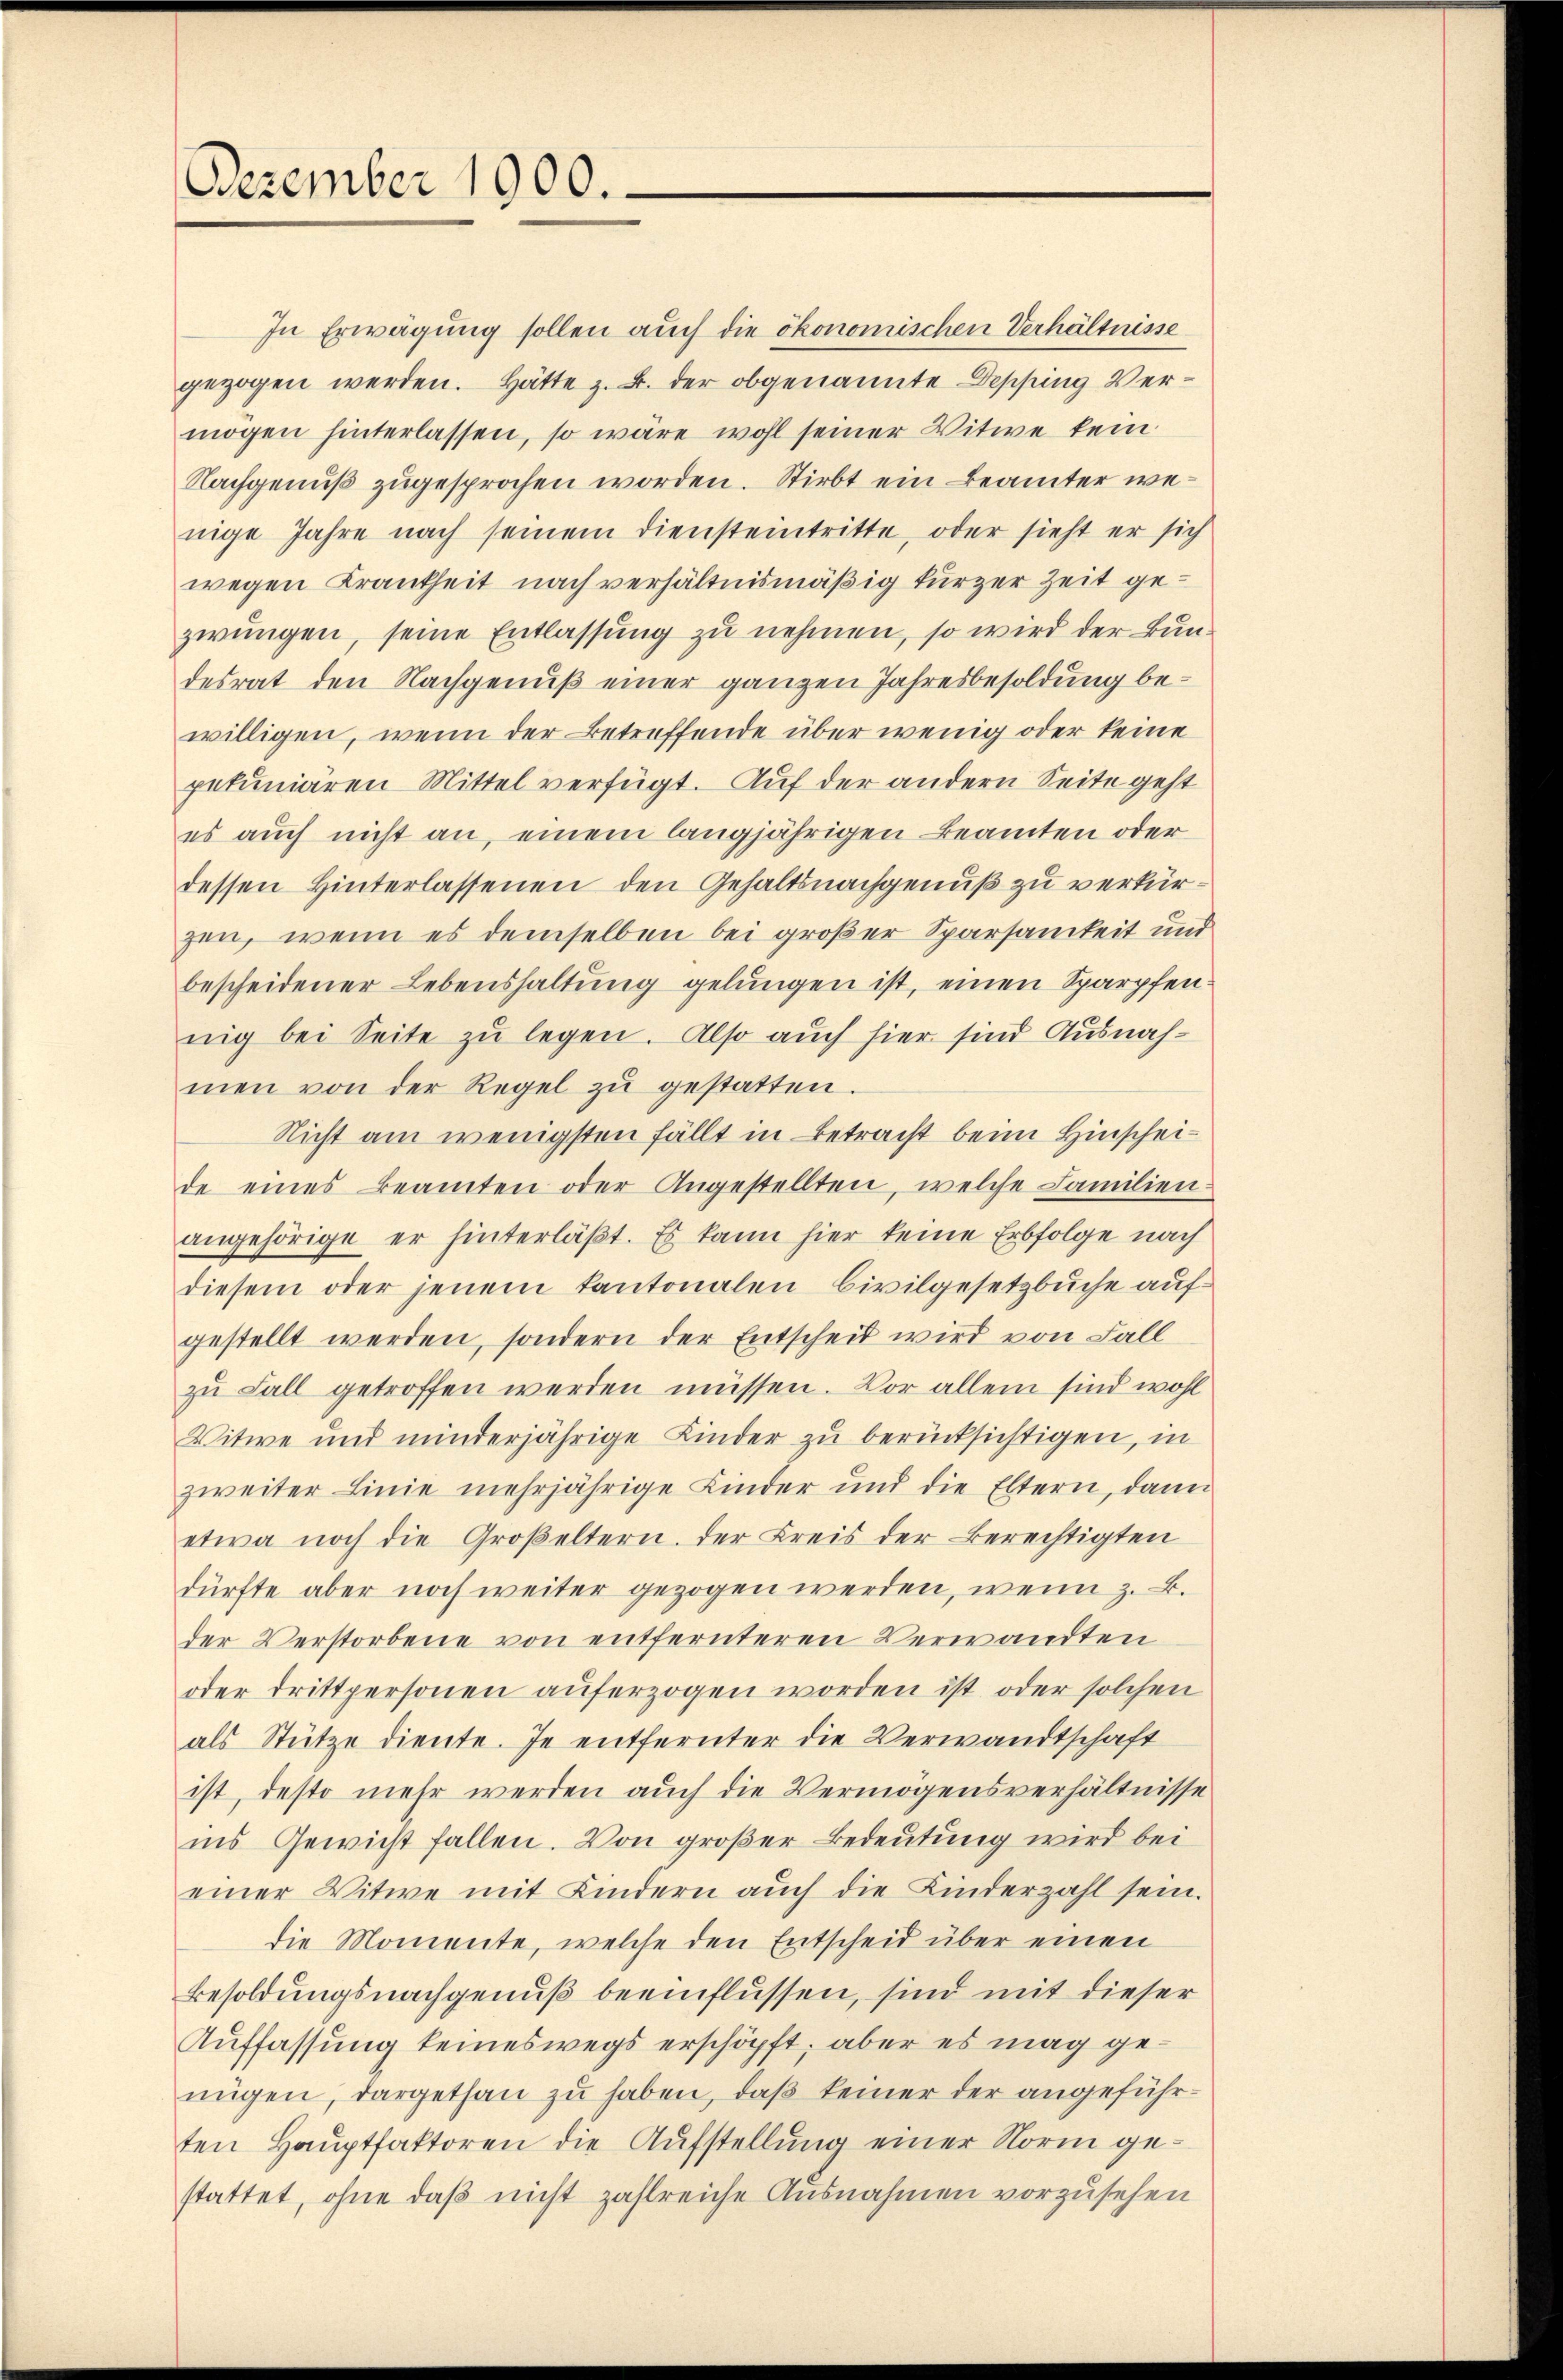
Dezember 1900.

In Erwägung sollen auch die ökonomischen Verhältnisse
gezogen werden. Hätte z. B. der obgenannte Depping Vermögen hinterlassen, so wäre wohl seiner Witwe kein
Nachgenuß zugesprochen worden. Stirbt ein Beamter wenige Jahre nach seinem Diensteintritte, oder sieht er sich
wegen Krankheit nach verhältnismäßig kurzer Zeit gezwungen, seine Entlassung zu nehmen, so wird der Bundesrat den Nachgenuß einer ganzen Jahresbesoldung bewilligen, wenn der Betreffende über wenig oder keine
pekuniären Mittel verfügt. Auf der andern Seite geht
es auch nicht an, einem langjährigen Beamten oder
dessen Hinterlassenen den Gehaltsnachgenuß zu verkürzen, wenn es demselben bei großer Sparsamkeit und
bescheidener Lebenshaltŭng gelŭngen ist, einen Sparpfen
nig bei Seite zu legen. Also auch hier sind Ausnahmen von der Regel zŭ gestatten.
Nicht am wenigsten fällt in Betracht beim Hinscheide eines Beamten oder Angestellten, welche Familien-
angehörige er hinterläβt. Es kann hier keine Erbfolge nach
diesem oder jenem Kantonalen Civilgesetzbuche auf-
gestellt werden, sondern der Entscheit wird von Fall
zu Fall getroffen werden müssen. Vor allem sind wohl
Witwe und minderjährige Kinder zu berücksichtigen, in
zweiter Linie mehrjährige Kinder und die Eltern, dann
etwa noch die Großeltern. Der Kreis der Berechtigten
dürfte aber noch weiter gezogen werden, wenn z. B.
der Verstorbene von entfernteren Verwandten
oder drittpersonen auferzogen worden ist, oder solchen
als Stütze diente. Je entfernter die Verwandtschaft
ist, desto mehr werden auch die Vermögensverhältnisse
ins Gewicht fallen. Von großer Bedeutung wird bei
einer Witwe mit Kindern aŭch die Kinderzahl sein.
die Momente, welche den Entscheid über einen
Besoldungsnachgenuß beeinflüssen, sind mit dieser
Auffassung keineswegs erschöpft, aber es mag ge-
nügen, dargethan zu haben, daß keiner der angeführten Hauptfaktoren die Aufstellung einer Norm gestattet, ohne daß nicht zahlreiche Ausnahmen vorzusehen